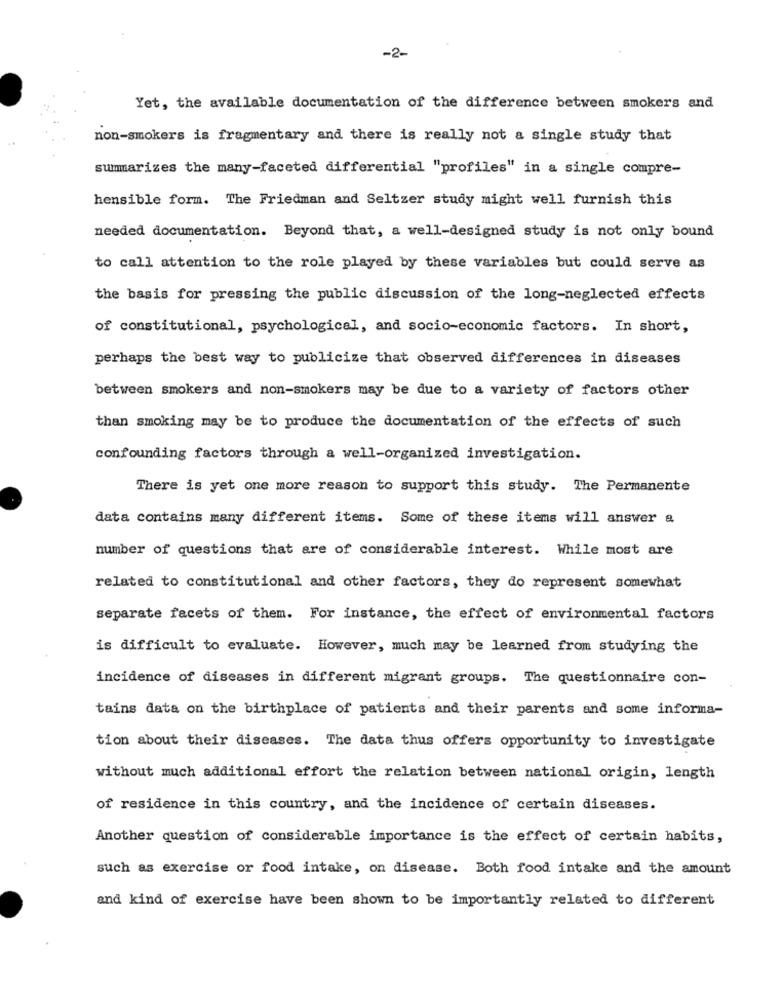
-2-
Yet, the available documentation of the difference between smokers and
non-smokers is fragmentary and there is really not a single study that
summarizes the many-faceted differential "profiles" in a single compre-
hensible form. The Friedman and Seltzer study might well furnish this
needed documentation. Beyond that, a well-designed study is not only bound
to call attention to the role played by these variables but could serve as
the basis for pressing the public discussion of the long-neglected effects
of constitutional, psychological, and socio-economic factors. In short,
perhaps the best way to publicize that observed differences in diseases
between smokers and non-smokers may be due to a variety of factors other
than smoking may be to produce the documentation of the effects of such
confounding factors through a well-organized investigation.
There is yet one more reason to support this study. The Permanente
data contains many different items. Some of these items will answer a
number of questions that are of considerable interest. While most are
related to constitutional and other factors, they do represent somewhat
separate facets of them. For instance, the effect of environmental factors
is difficult to evaluate. However, much may be learned from studying the
incidence of diseases in different migrant groups. The questionnaire con-
tains data on the birthplace of patients and their parents and some informa-
tion about their diseases. The data thus offers opportunity to investigate
without much additional effort the relation between national origin, length
of residence in this country, and the incidence of certain diseases.
Another question of considerable importance is the effect of certain habits,
such as exercise or food intake, on disease. Both food intake and the amount
and kind of exercise have been shown to be importantly related to different